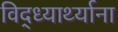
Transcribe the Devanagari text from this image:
विद्ध्यार्थ्याना